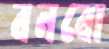
বনবো